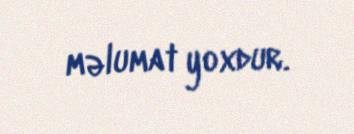
məlumat yoxdur.